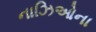
નાઝિઓના